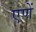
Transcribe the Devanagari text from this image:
एणें